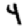
Digit: 4